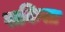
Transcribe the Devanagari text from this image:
सकिसा